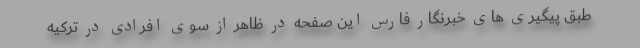
طبق پیگیری های خبرنگار فارس این صفحه در ظاهر از سوی افرادی در ترکیه